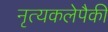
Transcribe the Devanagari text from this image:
नृत्यकलेपैकी